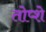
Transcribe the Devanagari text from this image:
तोप्शे